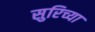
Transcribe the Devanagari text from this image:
सुरिच्या